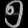
Digit: ၅